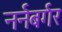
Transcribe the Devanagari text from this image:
नर्नबर्गर